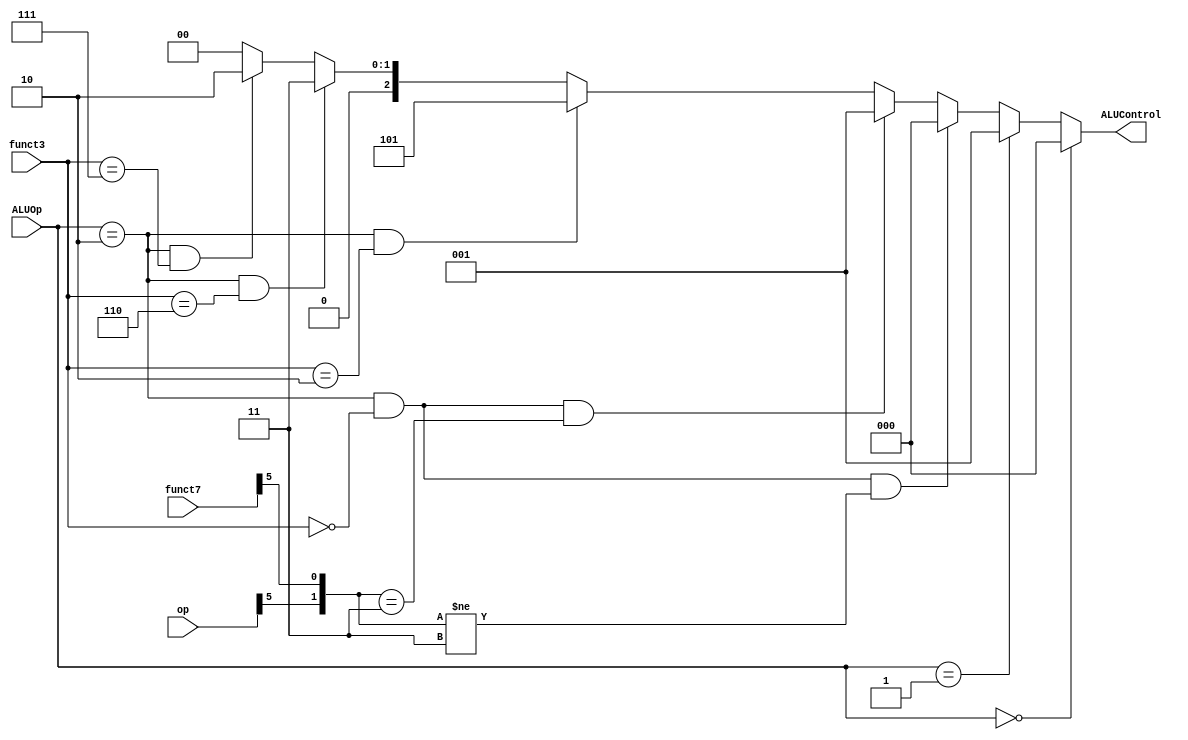
`timescale 1ns / 1ps
//////////////////////////////////////////////////////////////////////////////////
// Company: 
// Engineer: 
// 
// Design Name: 
// Module Name: ALU_ctr
// Project Name: 
// Target Devices: 
// Tool Versions: 
// Description: 
// 
// Dependencies: 
// 
// Revision:
// Revision 0.01 - File Created
// Additional Comments:
// 
//////////////////////////////////////////////////////////////////////////////////


module ALU_ctr(ALUOp,funct3,funct7,op,ALUControl );
    input [1:0]ALUOp;
    input [2:0]funct3;
    input [6:0]funct7,op;
    output [2:0]ALUControl;
    
      assign ALUControl = (ALUOp == 2'b00) ? 3'b000 :
                        (ALUOp == 2'b01) ? 3'b001 :
                        ((ALUOp == 2'b10) & (funct3 == 3'b000) & ({op[5],funct7[5]} != 2'b11)) ? 3'b000 :
                        ((ALUOp == 2'b10) & (funct3 == 3'b000) & ({op[5],funct7[5]} == 2'b11)) ? 3'b001 : 
                         
                        ((ALUOp == 2'b10) & (funct3 == 3'b010)) ? 3'b101 : 
                        ((ALUOp == 2'b10) & (funct3 == 3'b110)) ? 3'b011 : 
                        ((ALUOp == 2'b10) & (funct3 == 3'b111)) ? 3'b010 : 
                                                                  3'b000 ;                                                                   
endmodule